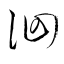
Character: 洄